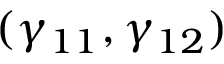
( \gamma _ { 1 1 } , \gamma _ { 1 2 } )